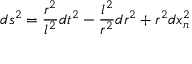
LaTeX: d s ^ { 2 } = \frac { r ^ { 2 } } { l ^ { 2 } } d t ^ { 2 } - \frac { l ^ { 2 } } { r ^ { 2 } } d r ^ { 2 } + r ^ { 2 } d x _ { n } ^ { 2 }